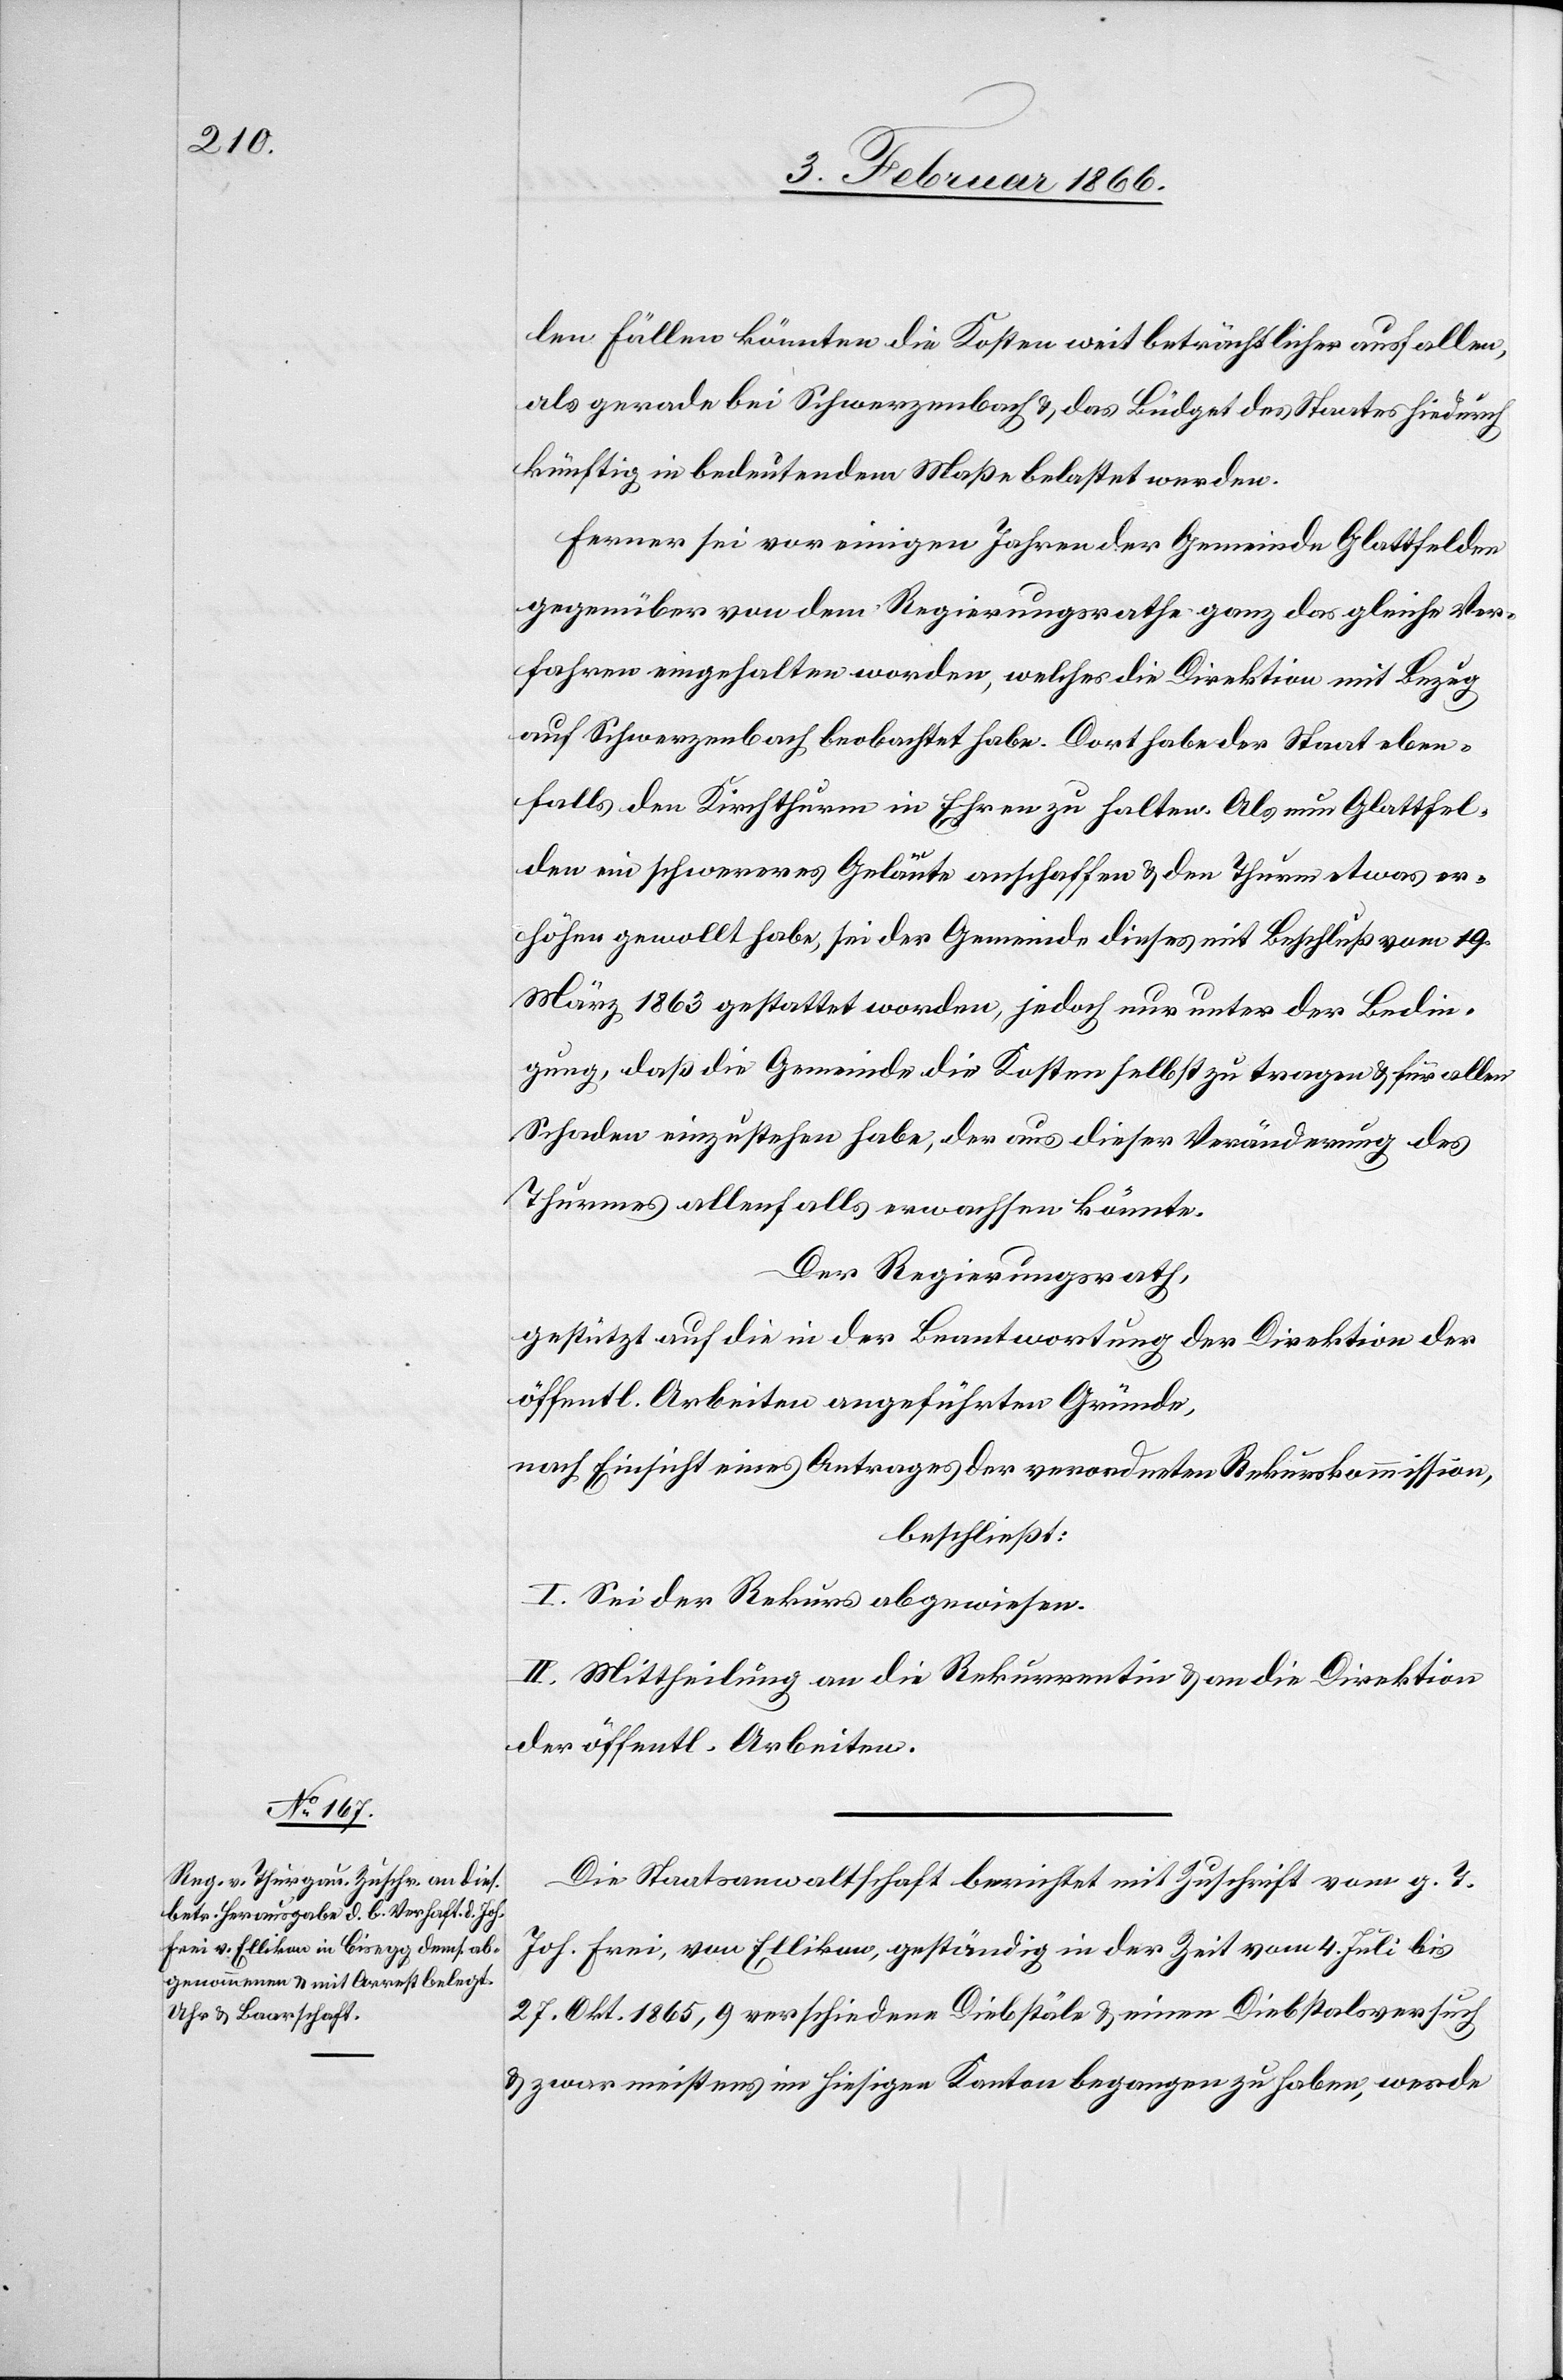
len Fällen könnten die Kosten weit beträchtlicher ausfallen,
als gerade bei Schwerzenbach u. das Budget des Staats hiedurch
künftig in bedeutendem Maße belastet werden.
Ferner sei vor einigen Jahren der Gemeinde Glattfelden
gegenüber von dem Regierungsrathe ganz das gleiche Ver¬
fahren eingehalten worden, welches die Direktion mit Bezug
auf Schwerzenbach beobachtet habe. Dort habe der Staat eben¬
falls den Kirchthurm in Ehren zu halten. Als nun Glattfel¬
den ein schwereres Geläute anschaffen u. den Thurm etwas er¬
höhen gewollt habe, sei der Gemeinde dieses mit Beschluß vom 19.
März 1863 gestattet worden, jedoch unter der Bedin¬
gung, daß die Gemeinde die Kosten selbst tragen u. für allen
Schaden einzustehen habe, der aus dieser Veränderung des
Thurmes allenfalls erwachsen könnte.
Der Regierungsrath,
gestützt auf die in der Beantwortung der Direktion der
öffentl. Arbeiten angeführten Gründe,
nach Einsicht eines Antrages der verordneten Rekurskommission,
beschließt:
I. Sei der Rekurs abgewiesen.
II. Mittheilung an die Rekurrentin u. an die Direktion
der öffentl. Arbeiten.
Die Staatsanwaltschaft berichtet mit Zuschrift vom g. T.
Joh. Frei, von Ellikon, geständig in der Zeit vom 4. Juli bis
27. Okt. 1865, 9 verschiedene Diebstäle u. einen Diebstalsversuch
u. zwar meistens im hiesigen Kanton begangen zu haben, werde